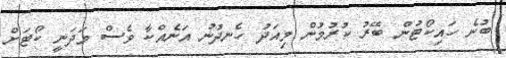
ބުނެ ހައިކޯޓުން ބޭރު ކުރުމުން މިއަދު ހެނދުނު އަނެއްކާ ވެސް މަދަނީ ކޯޓަށް